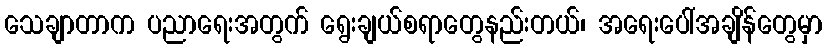
သေချာတာက ပညာရေးအတွက် ရွေးချယ်စရာတွေနည်းတယ်၊ အရေးပေါ်အချိန်တွေမှာ